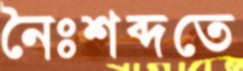
নৈঃশব্দতে